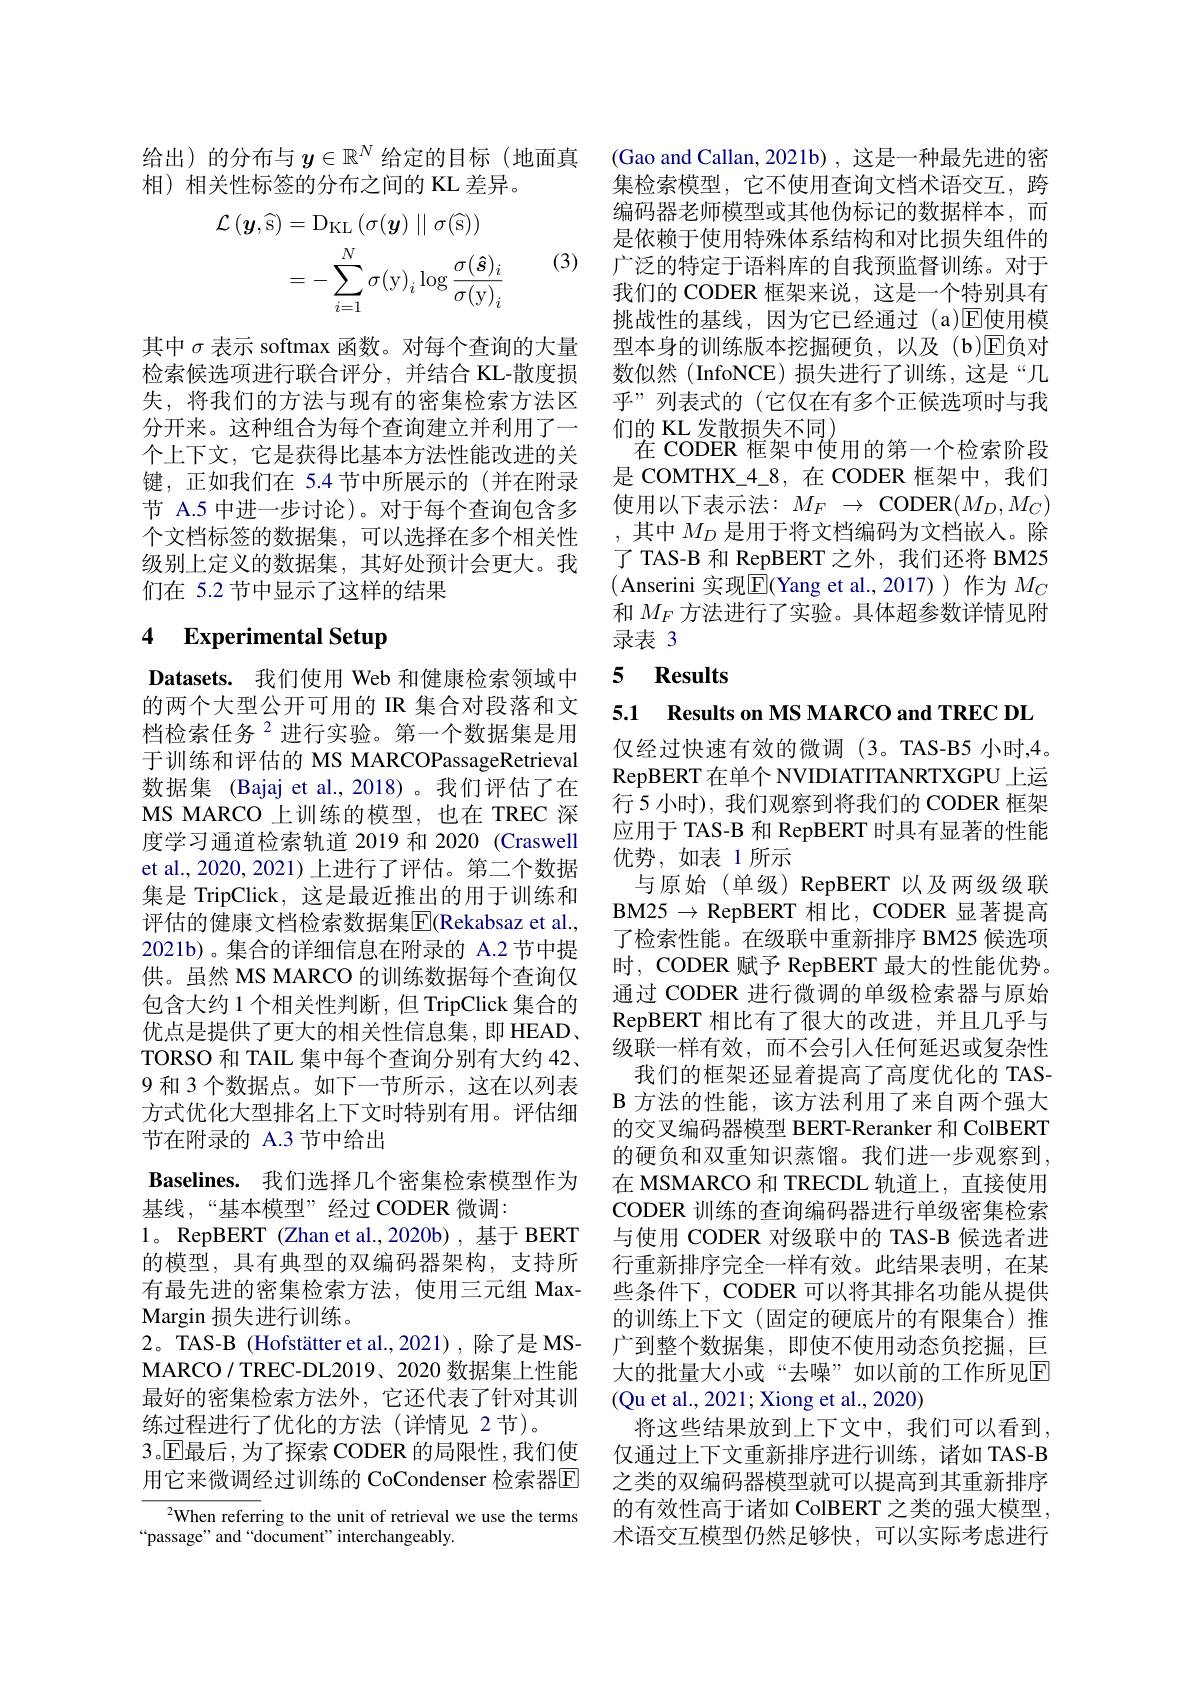
给出)的分布与$y\in\mathbb{R}^N$给定的目标(地面真
相) 相关性标签的分布之间的 KL 差异。

(3)
$$\begin{aligned}\mathcal{L}\left(\boldsymbol{y},\widehat{\mathrm{s}}\right)&=\mathrm{D}_{\mathrm{KL}}\left(\sigma(\boldsymbol{y})\mid\mid\sigma(\widehat{\mathrm{s}})\right)\\&=-\sum_{i=1}^{N}\sigma(\mathrm{y})_{i}\log\frac{\sigma(\hat{s})_{i}}{\sigma(\mathrm{y})_{i}}\end{aligned}$$
其中$\sigma$表示 softmax 函数。对每个查询的大量检索候选项进行联合评分，并结合 KL-散度损失，将我们的方法与现有的密集检索方法区分开来。这种组合为每个查询建立并利用了一个上下文，它是获得比基本方法性能改进的关键，正如我们在 5.4 节中所展示的(并在附录节 A.5 中进一步讨论)。对于每个查询包含多个文档标签的数据集，可以选择在多个相关性级别上定义的数据集，其好处预计会更大。我们在 5.2 节中显示了这样的结果

# 4 Experimental Setup

Datasets. 我们使用 Web 和健康检索领域中的两个大型公开可用的 IR 集合对段落和文档检索任务$^{2}$进行实验。第一个数据集是用于训练和评估的 MS MARCOPassageRetrieval 数据集 (Bajaj et al.,2018)。我们评估了在MS MARCO 上训练的模型，也在 TREC 深度学习通道检索轨道 2019 和 2020 (Craswell et al.,2020,2021)上进行了评估。第二个数据集是 TripClick, 这是最近推出的用于训练和评估的健康文档检索数据集E|(Rekabsaz et al., 2021b)。集合的详细信息在附录的 A.2 节中提供。虽然 MS MARCO 的训练数据每个查询仅包含大约 1 个相关性判断，但 TripClick 集合的优点是提供了更大的相关性信息集，即 HEAD、 TORSO 和 TAIL 集中每个查询分别有大约 42、 9 和 3 个数据点。如下一节所示，这在以列表方式优化大型排名上下文时特别有用。评估细节在附录的 A.3 节中给出
Baselines. 我们选择几个密集检索模型作为
基线，“基本模型”经过 CODER 微调：
1。RepBERT (Zhan et al.,2020b) ,基于 BERT 的模型，具有典型的双编码器架构，支持所有最先进的密集检索方法，使用三元组 MaxMargin 损失进行训练。
2。TAS-B (Hofstätter et al.,2021),除了是 MSMARCO/ TREC- DL2019、 2020 数 据 集 上 性 能 最好的密集检索方法外，它还代表了针对其训练过程进行了优化的方法(详情见 2节)。
3。$\mathbb{E}$最后，为了探索 CODER 的局限性，我们使用它来微调经过训练的 CoCondenser 检索器E ${^{2}}$When referring to the unit of retrieval we use the terms

“passage” and“document” interchangeably

(Gao and Callan, 2021b) , 这是一种最先进的密集检索模型，它不使用查询文档术语交互，跨编码器老师模型或其他伪标记的数据样本，而是依赖于使用特殊体系结构和对比损失组件的广泛的特定于语料库的自我预监督训练。对于我们的 CODER 框架来说，这是一个特别具有挑战性的基线，因为它已经通过(a)E使用模型本身的训练版本挖掘硬负，以及(b)☑负对数似然(InfoNCE)损失进行了训练，这是“几乎”列表式的(它仅在有多个正候选项时与我们的 KL 发散损失不同)
在 CODER 框架中使用的第一个检索阶段是 COMTHX\_4\_8,在 CODER 框架中，我们使用以下表示法：$M_F\to$CODER$(M_D,M_C)$ ,其中$M_D$是用于将文档编码为文档嵌人。除了 TAS-B 和 RepBERT 之外，我们还将 BM25 ( Anserini 实现$\overline{\mathrm{E}}($Yang et al.,2017))作为 $M_C$ 和$M_F$方法进行了实验。具体超参数详情见附录表 3

### 5 $\mathbf{Results}$

5.1 Results on MS MARCO and TREC DL

仅经过快速有效的微调(3。TAS-B5 小时，4。RepBERT在单个NVIDIATITANRTXGPU上运行 5 小时), 我们观察到将我们的 CODER 框架应用于 TAS-B 和 RepBERT 时具有显著的性能优势，如表 1 所示
与原始(单级) RepBERT 以及两级级联$\mathbf{BM25}\to\mathbf{RepBERT}$ 相比，CODER 显著提高了检索性能。在级联中重新排序 BM25 候选项时，CODER 赋予 RepBERT 最大的性能优势。通过 CODER 进行微调的单级检索器与原始RepBERT 相比有了很大的改进，并且几乎与级联一样有效，而不会引入任何延迟或复杂性
我们的框架还显着提高了高度优化的 TASB 方法的性能，该方法利用了来自两个强大的交叉编码器模型 BERT-Reranker 和 ColBERT 的硬负和双重知识蒸馏。我们进一步观察到， 在 MSMARCO 和 TRECDL 轨道上，直接使用CODER 训练的查询编码器进行单级密集检索与使用 CODER 对级联中的 TAS-B 候选者进行重新排序完全一样有效。此结果表明，在某些条件下，CODER 可以将其排名功能从提供的训练上下文(固定的硬底片的有限集合)推广到整个数据集，即使不使用动态负挖掘，巨大的批量大小或“去噪”如以前的工作所见$\mathbb{E}$ (Qu et al., 2021; Xiong et al., 2020)
将这些结果放到上下文中，我们可以看到， 仅通过上下文重新排序进行训练，诸如 TAS-B 之类的双编码器模型就可以提高到其重新排序的有效性高于诸如 ColBERT 之类的强大模型， 术语交互模型仍然足够快，可以实际考虑进行